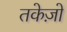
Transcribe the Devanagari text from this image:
तकेज़ो